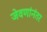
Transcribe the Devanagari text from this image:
जेवणांनंतर